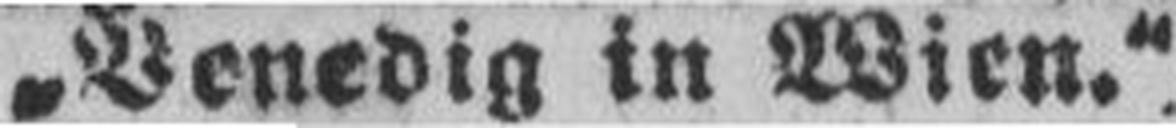
„Venedig in Wien.“